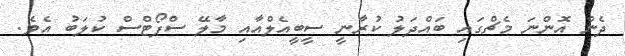
ދެން އޮންނަ މެޗްގައި ބައްދަލު ކުރާނީ ސީބީއެލްއާއި މާލޭ ސްޕޯޓްސް ކުލަބު އެވެ.